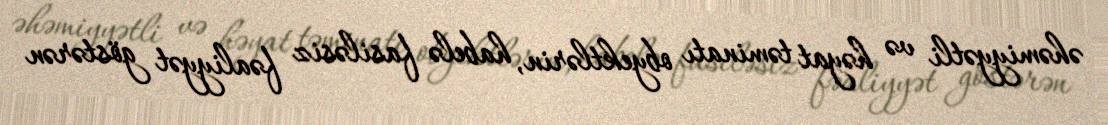
əhəmiyyətli və həyat təminatı obyektlərin, habelə fasiləsiz fəaliyyət göstərən